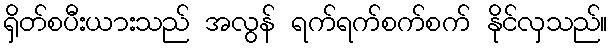
ရှိတ်စပီးယားသည် အလွန် ရက်ရက်စက်စက် နိုင်လှသည်။